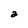
Character: a